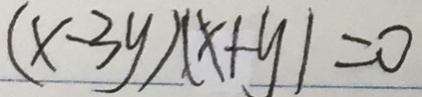
( x - 3 y ) ( x + y ) = 0